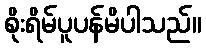
စိုးရိမ်ပူပန်မိပါသည်။